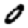
Digit: 0